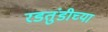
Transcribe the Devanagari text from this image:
रडतुंडीच्या